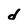
Character: d